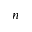
n